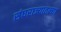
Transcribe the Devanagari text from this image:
संघराज्यातल्या